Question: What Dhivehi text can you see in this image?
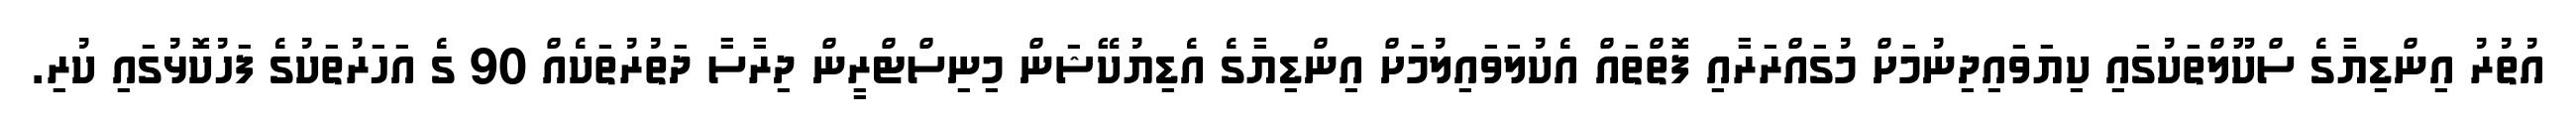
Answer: އުތުރު އިންޑިޔާގެ ސްކޫލްތަކުގައި ކިޔަވައިދިނުމަށް މުގައްރަރާއި ފޮތްތައް އެކުލަވައިލުމަށް އިންޑިޔާގެ އެޑިޔުކޭޝަން މިނިސްޓްރީން ދިރާސާ ދަތުރުތަކެއް 90 ގެ އަހަރުތަކުގެ ފަހުކޮޅުގައި ކުރި.